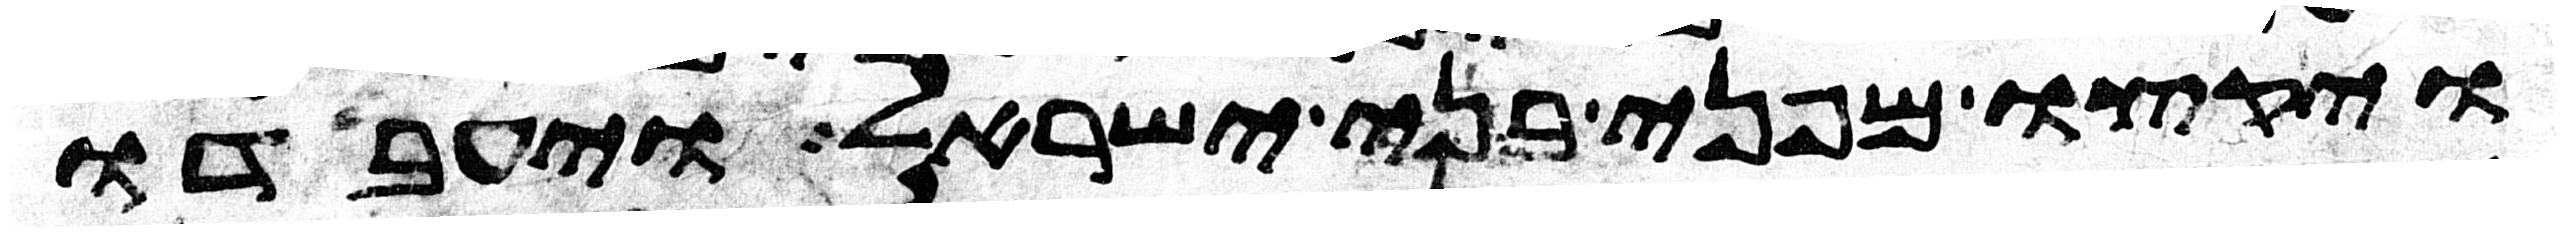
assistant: ויקצו מפני בני ישראל ויעבדו